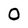
Character: O